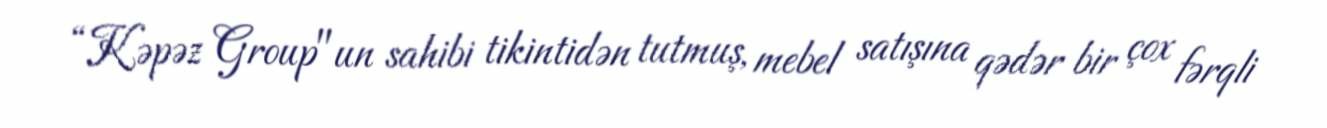
“Kəpəz Group"un sahibi tikintidən tutmuş, mebel satışına qədər bir çox fərqli